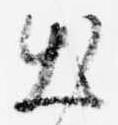
出